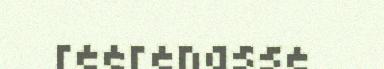
reerenasse